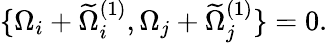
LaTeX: \{ \Omega_{i}+\widetilde{\Omega}_{i}^{(1)},\Omega_{j}+\widetilde{\Omega}_{j}^{(1)}\} =0.